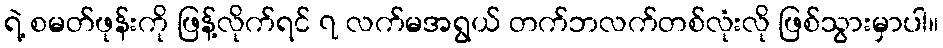
ရဲ့ စမတ်ဖုန်းကို ဖြန့်လိုက်ရင် ၇ လက်မအရွယ် တက်ဘလက်တစ်လုံးလို ဖြစ်သွားမှာပါ။